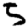
Digit: 5